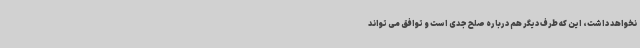
نخواهد داشت، این که طرف دیگر هم درباره صلح جدی است و توافق می تواند